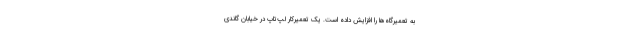
به تعمیرگاه‌ها را افزایش داده است. یک تعمیرکار لپ‌تاپ در خیابان گاندی